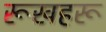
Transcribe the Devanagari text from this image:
रूखहरू